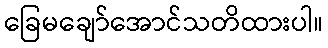
ခြေမချော်အောင်သတိထားပါ။